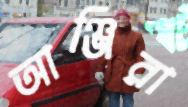
আঞ্জিরা